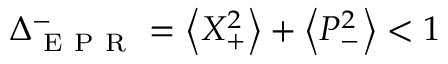
\Delta _ { \mathrm { ~ E ~ P ~ R ~ } } ^ { - } = \left\langle X _ { + } ^ { 2 } \right\rangle + \left\langle P _ { - } ^ { 2 } \right\rangle < 1